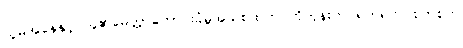
သူမအနေနှင့် သူ၏မေတ္တာတောင်းခံမှုအသစ်ထက် ဟိုတုန်းက ရက်ရက် စက်စက်